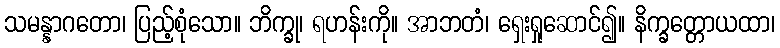
သမန္နာဂတော၊ ပြည့်စုံသော။ ဘိက္ခု၊ ရဟန်းကို။ အာဘတံ၊ ရှေးရှုဆောင်၍။ နိက္ခတ္တောယထာ၊